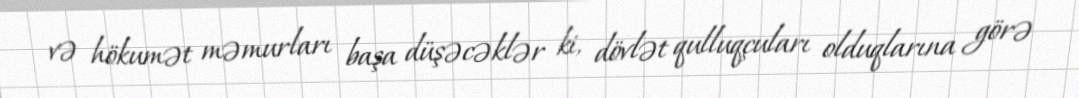
və hökumət məmurları başa düşəcəklər ki, dövlət qulluqçuları olduqlarına görə